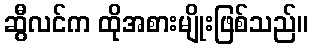
ဆွီလင်က ထိုအစားမျိုးဖြစ်သည်။